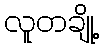
လူတချို့